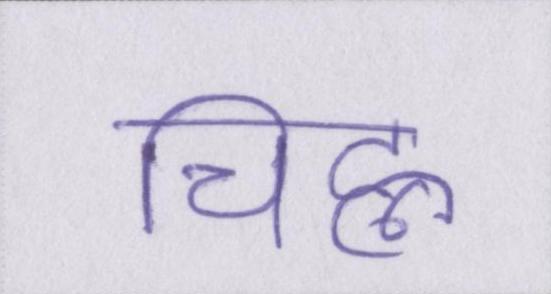
चिह्न